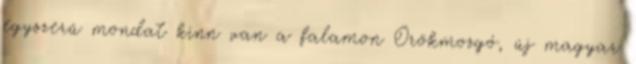
egyszerű mondat kinn van a falamon Örökmozgó, új magyar